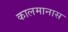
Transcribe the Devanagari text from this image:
कालमानास